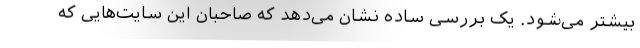
بیشتر می‌شود. یک بررسی ساده نشان می‌دهد که صاحبان این سایت‌هایی که